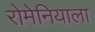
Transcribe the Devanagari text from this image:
रोमेनियाला